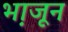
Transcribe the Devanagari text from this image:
भा़जून